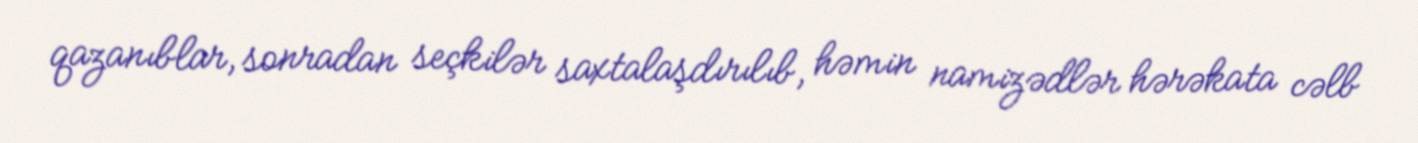
qazanıblar, sonradan seçkilər saxtalaşdırılıb, həmin namizədlər hərəkata cəlb